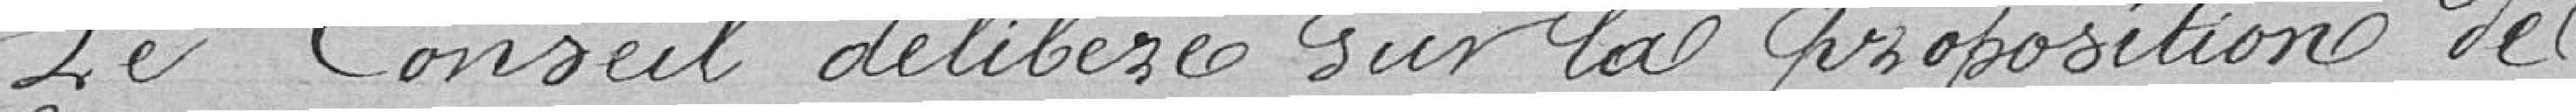
Le conseil délibère sur la proposition de